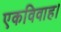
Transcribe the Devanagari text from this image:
एकविवाह।